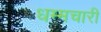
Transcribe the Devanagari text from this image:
धम्मचारी